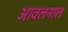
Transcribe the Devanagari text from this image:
आवलनाल